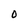
Character: 0